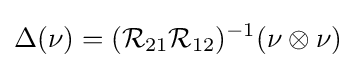
\Delta (\nu )=({\mathcal {R}}_{21}{\mathcal {R}}_{12})^{-1}(\nu \otimes \nu )